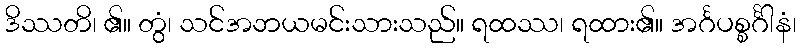
ဒိဿတိ၊ ၏။ တွံ၊ သင်အဘယမင်းသားသည်။ ရထဿ၊ ရထား၏။ အင်္ဂပစ္စင်္ဂါနံ၊